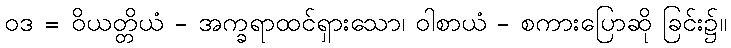
ဝဒ = ဝိယတ္တိယံ - အက္ခရာထင်ရှားသော၊ ဝါစာယံ - စကားပြောဆို ခြင်း၌။